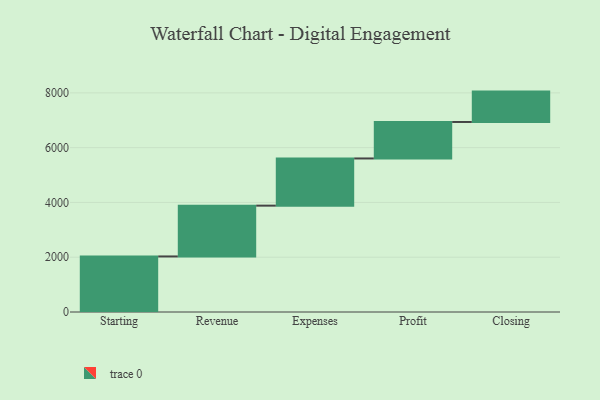
{"axis": {"x": "Step", "y": "Value"}, "legend": [""], "data": [{"x": "Starting", "y": 2028.0, "type": ""}, {"x": "Revenue", "y": 1855.0, "type": ""}, {"x": "Expenses", "y": 1723.0, "type": ""}, {"x": "Profit", "y": 1332.0, "type": ""}, {"x": "Closing", "y": 1109.0, "type": ""}]}